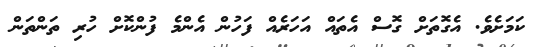
ކަމަށެވެ. އެގޮތަށް ގޮސް އެތައް އަހަރެއް ފަހުން އެންމެ ފުންކޮށް ހުރި ތަންތަން